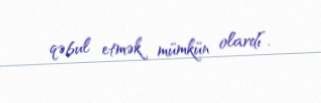
qəbul etmək mümkün olardı”.